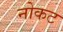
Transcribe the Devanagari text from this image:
नोकट